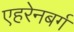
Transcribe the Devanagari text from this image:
एहरेनबर्ग